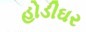
હોડીઘર